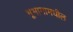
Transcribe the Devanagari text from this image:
भूभागामधील